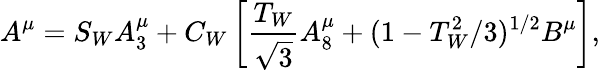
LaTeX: A^{\mu}=S_{W}A_{3}^{\mu}+C_{W}\left[\frac{T_{W}}{\sqrt{3}}A_{8}^{\mu}+(1-T_{W}^{2}/3)^{1/2}B^{\mu}\right],